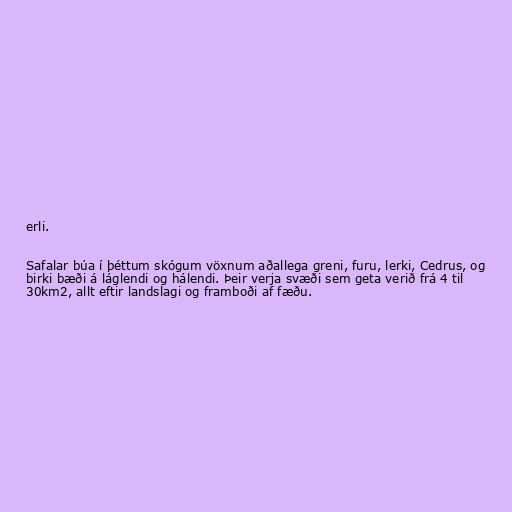
erli.

Safalar búa í þéttum skógum vöxnum aðallega greni, furu, lerki, Cedrus, og
birki bæði á láglendi og hálendi. Þeir verja svæði sem geta verið frá 4 til
30km2, allt eftir landslagi og framboði af fæðu.